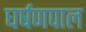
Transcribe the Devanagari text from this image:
घर्षणपाल